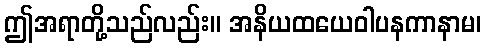
ဤအရာတို့သည်လည်း။ အနိယထယေဝါပနကာနာမ၊